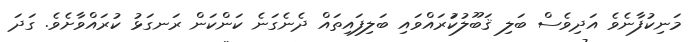
މަނިކުފާނެވެ އަދިވެސް ބަލި ޤަބޫލުކުަރައްވައި ބަލިފައިތައް ދެނެގަނެ ކަންކަން ރަނގަޅު ކުރައްވާށެވެ. ގަދަ